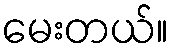
မေးတယ်။